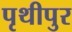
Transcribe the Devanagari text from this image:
पृथीपुर